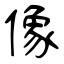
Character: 像